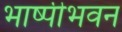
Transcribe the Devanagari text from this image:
भाष्पीभवन